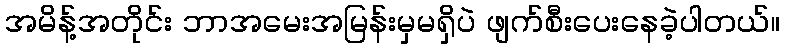
အမိန့်အတိုင်း ဘာအမေးအမြန်းမှမရှိပဲ ဖျက်စီးပေးနေခဲ့ပါတယ်။